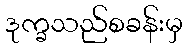
ဒုက္ခသည်စခန်းမှ